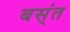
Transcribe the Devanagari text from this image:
बस्ंत